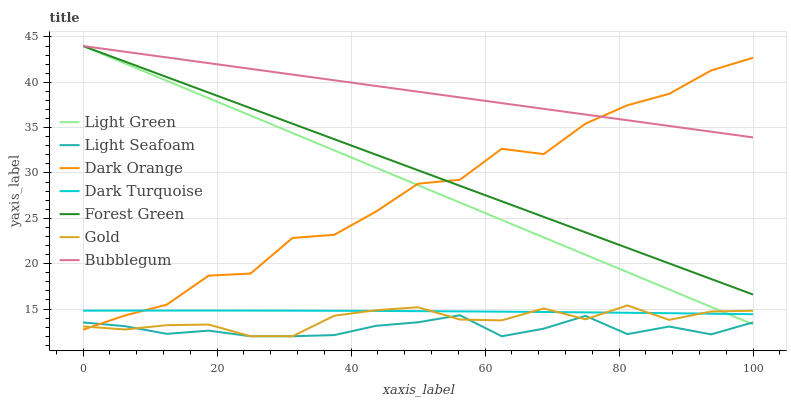
| xaxis_label | Light Green | Light Seafoam | Dark Orange | Dark Turquoise | Forest Green | Gold | Bubblegum |
 | --- | --- | --- | --- | --- | --- | --- | --- |
 | 0 | 44 | 13.5 | 12.7 | 14.8 | 44 | 13.1 | 44 |
 | 6.25 | 42.1 | 13.1 | 14.3 | 14.8 | 42.3 | 12.7 | 43.4 |
 | 12.5 | 40.2 | 12.3 | 15.5 | 14.8 | 40.6 | 13.2 | 42.7 |
 | 18.8 | 38.2 | 12.6 | 18.7 | 14.8 | 38.9 | 13.3 | 42.1 |
 | 25 | 36.3 | 12 | 18.9 | 14.8 | 37.2 | 12 | 41.5 |
 | 31.2 | 34.4 | 12 | 22.8 | 14.8 | 35.4 | 12 | 40.9 |
 | 37.5 | 32.5 | 12.1 | 23.2 | 14.8 | 33.7 | 14.3 | 40.2 |
 | 43.8 | 30.6 | 13.2 | 25.8 | 14.8 | 32 | 14.9 | 39.6 |
 | 50 | 28.7 | 13.5 | 28.8 | 14.8 | 30.3 | 15.2 | 39 |
 | 56.2 | 26.7 | 14.3 | 29.3 | 14.7 | 28.6 | 13.8 | 38.3 |
 | 62.5 | 24.8 | 12 | 32.7 | 14.7 | 26.9 | 13.8 | 37.7 |
 | 68.8 | 22.9 | 12.8 | 32.1 | 14.7 | 25.2 | 15.1 | 37.1 |
 | 75 | 21 | 14.2 | 35.4 | 14.6 | 23.5 | 13.9 | 36.4 |
 | 81.2 | 19.1 | 12.2 | 37.5 | 14.6 | 21.7 | 15.4 | 35.8 |
 | 87.5 | 17.2 | 13.1 | 38.7 | 14.5 | 20 | 13.8 | 35.2 |
 | 93.8 | 15.2 | 12.2 | 41.3 | 14.5 | 18.3 | 14.7 | 34.6 |
 | 100 | 13.3 | 13.5 | 42.7 | 14.4 | 16.6 | 14.8 | 33.9 |